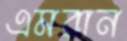
এমরান